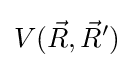
V({\vec {R}},{\vec {R}}')